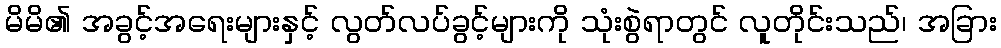
မိမိ၏ အခွင့်အရေးများနှင့် လွတ်လပ်ခွင့်များကို သုံးစွဲရာတွင် လူတိုင်းသည်၊ အခြား